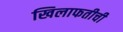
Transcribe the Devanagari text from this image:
खिलाफतीची